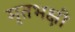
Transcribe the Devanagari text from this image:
मृतभक्षी